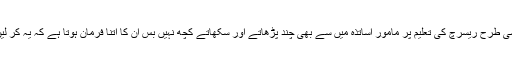
اسی طرح ریسرچ کی تعلیم پر مامور اساتذہ میں سے بھی چند پڑھاتے اور سکھاتے کچھ نہیں بس ان کا اتنا فرمان ہوتا ہے کہ یہ کر لیں۔